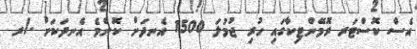
އެސް ކޮސްޓަރ ރޮމޭންޓިކާގައި ހުރި ޖުމުލަ 1500 އެނދަށް ކޮންމެ އެނދަކަށް -/ރ